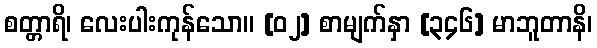
စတ္တာရိ၊ လေးပါးကုန်သော။ [၀၂] စာမျက်နှာ [၃၄၆] မာဘူတာနိ၊